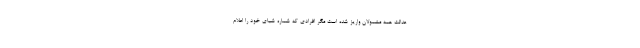
عدالت همه مشمولان واریز شده است مگر افرادی که شماره شبای خود را اعلام